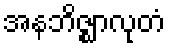
အနဘိဇ္ဈာလုတံ